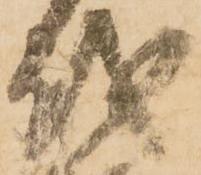
越